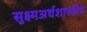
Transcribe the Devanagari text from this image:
सुक्ष्मअर्थशास्त्रीय